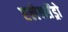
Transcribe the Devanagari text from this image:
एलेक्सेंड्रो